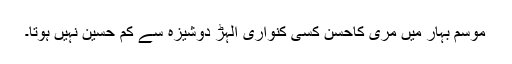
موسم بہار میں مری کاحسن کسی کنواری الہڑ دوشیزہ سے کم حسین نہیں ہوتا۔